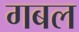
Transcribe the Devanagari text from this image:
गबल